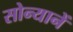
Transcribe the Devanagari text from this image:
सोन्यानें